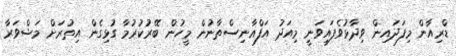
ޑްރިއާން މިފަދައިން ވިދާޅުވެފައިވަނީ މިއަދު އަފްޣާނިސްތާނުން މީހުން ބޭރުކުރުމާ ގުޅިގެން އިތުރަށް މަޝްވަރާ